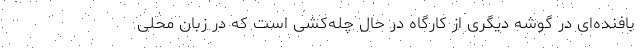
بافنده‌ای در گوشه دیگری از کارگاه در حال چله‌کشی است که در زبان محلی